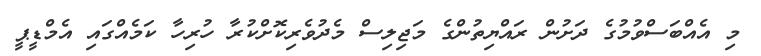
މި އެއްބަސްވުމުގެ ދަށުން ރައްޔިތުންގެ މަޖިލިސް މެދުވެރިކޮށްކުރާ ހުރިހާ ކަމެއްގައި އެމްޑީޕީ